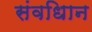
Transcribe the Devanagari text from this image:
संवधिान